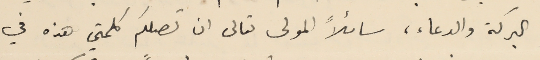
البركة والدعاء، سائلاً المولى تعالى ان تصلكمَ كلمتي هذه في